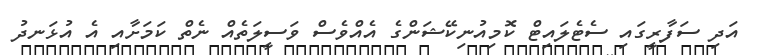
އަދި ސަފާރީގައި ސެޓެލައިޓް ކޮމިއުނިކޭޝަންގެ އެއްވެސް ވަސީލަތެއް ނެތް ކަމަށާއި އެ އުޅަނދު